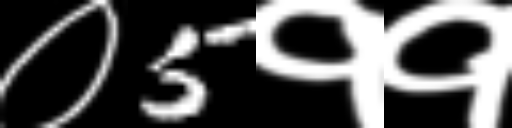
Text: ०5११